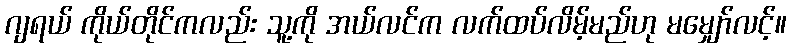
ဂျရယ် ကိုယ်တိုင်ကလည်း သူ့ကို အယ်လင်က လက်ထပ်လိမ့်မည်ဟု မမျှော်လင့်။